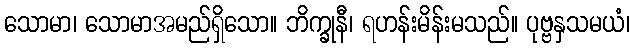
သောမာ၊ သောမာအမည်ရှိသော။ ဘိက္ခုနီ၊ ရဟန်းမိန်းမသည်။ ပုဗ္ဗနှသမယံ၊